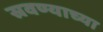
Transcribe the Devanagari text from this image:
स्रवण्याच्या